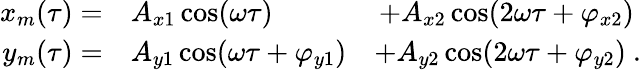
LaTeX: \begin{array}{rlr}{x_{m}(\tau)=}&{{}A_{x1}\cos(\omega\tau)}&{+A_{x2}\cos(2\omega\tau+\varphi_{x2})~}\\ {y_{m}(\tau)=}&{{}A_{y1}\cos(\omega\tau+\varphi_{y1})}&{+A_{y2}\cos(2\omega\tau+\varphi_{y2})~.}\end{array}